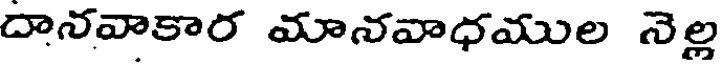
దానవాకార మానవాధముల నెల్ల